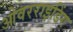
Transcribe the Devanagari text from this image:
ओवरराइडिंग